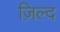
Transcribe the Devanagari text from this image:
ज़िल्द